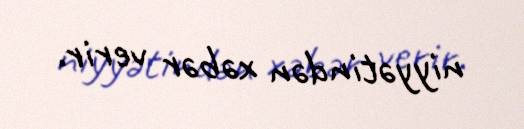
niyyətindən xəbər verir.